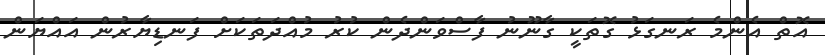
އޮތް އެންމެ ރަނގަޅު ގޮތަކީ ގާނޫނު ފާސްވަންދެން ކުރު މުއްދަތަކަށް ފަނޑިޔާރުން އައްޔަން